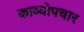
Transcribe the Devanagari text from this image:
काव्योपचार